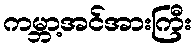
ကမ္ဘာ့အင်အားကြီး